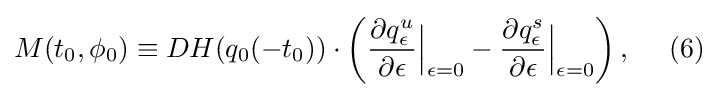
{M(t_{0},\phi _{0})\equiv DH(q_{0}(-t_{0}))\cdot \left({\frac {\partial q_{\epsilon }^{u}}{\partial \epsilon }}{\Big |}_{\epsilon =0}-{\frac {\partial q_{\epsilon }^{s}}{\partial \epsilon }}{\Big |}_{\epsilon =0}\right),~\ ~\ {(6)}}